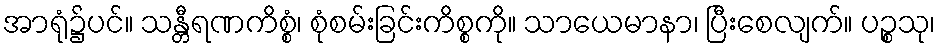
အာရုံ၌ပင်။ သန္တီရဏကိစ္စံ၊ စုံစမ်းခြင်းကိစ္စကို။ သာယေမာနာ၊ ပြီးစေလျက်။ ပဉ္စသု၊